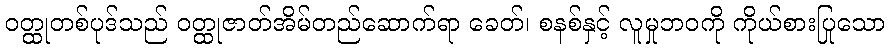
ဝတ္ထုတစ်ပုဒ်သည် ဝတ္ထုဇာတ်အိမ်တည်ဆောက်ရာ ခေတ်၊ စနစ်နှင့် လူမှုဘဝကို ကိုယ်စားပြုသော